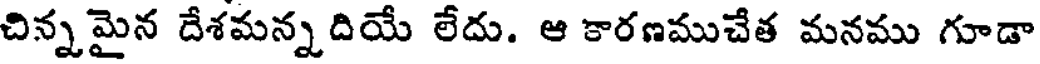
చిన్నమైన దేశమన్నదియే లేదు. ఆ కారణముచేత మనము గూడా